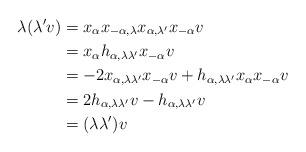
LaTeX: \begin{align*}\lambda (\lambda' v) & = x_{\alpha} x_{-\alpha, \lambda} x_{\alpha, \lambda'} x_{-\alpha} v\\& = x_{\alpha} h_{\alpha, \lambda \lambda'} x_{-\alpha} v\\& = - 2 x_{\alpha, \lambda \lambda'} x_{-\alpha} v + h_{\alpha, \lambda \lambda'} x_{\alpha} x_{-\alpha} v\\& = 2 h_{\alpha, \lambda \lambda'} v - h_{\alpha, \lambda \lambda'} v\\&= (\lambda \lambda') v\end{align*}